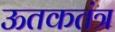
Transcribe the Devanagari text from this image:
ऊतकतंत्र